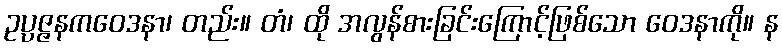
ဥပ္ပဇ္ဇနကဝေဒနာ၊ တည်း။ တံ၊ ထို အလွန်စားခြင်းကြောင့်ဖြစ်သော ဝေဒနာကို။ န